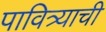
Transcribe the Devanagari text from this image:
पावित्र्याची